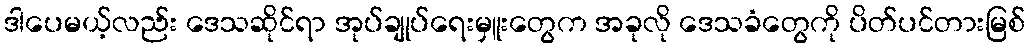
ဒါပေမယ့်လည်း ဒေသဆိုင်ရာ အုပ်ချုပ်ရေးမှူးတွေက အခုလို ဒေသခံတွေကို ပိတ်ပင်တားမြစ်